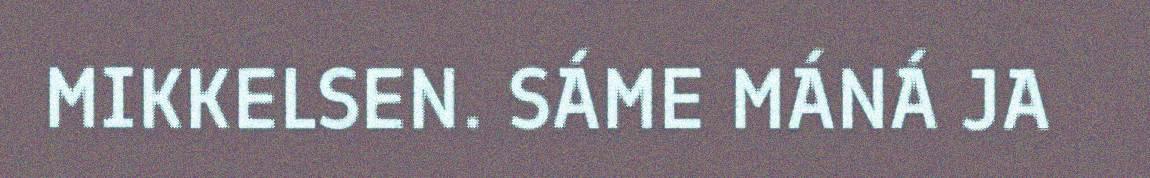
MIKKELSEN. SÁME MÁNÁ JA